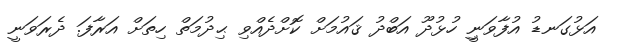
އަޅުގަނޑު އުފާވަނީި ހުޅުދޫ އަބްދު ޤައުމަށް ކޮށްދެއްވި ޙިދުމަތް ހިތަށް އަރާފަ. ދެރަވަނީ